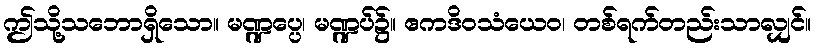
ဤသို့သဘောရှိသော။ မဏ္ဍပ္ပေ၊ မဏ္ဍပ်၌။ ဧကဒိဝသံယေဝ၊ တစ်ရက်တည်းသာလျှင်။